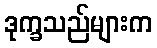
ဒုက္ခသည်များက